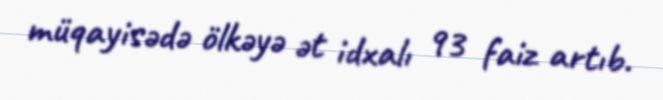
müqayisədə ölkəyə ət idxalı 93 faiz artıb.